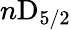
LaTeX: n\mathrm{D}_{5/2}